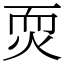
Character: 䎡